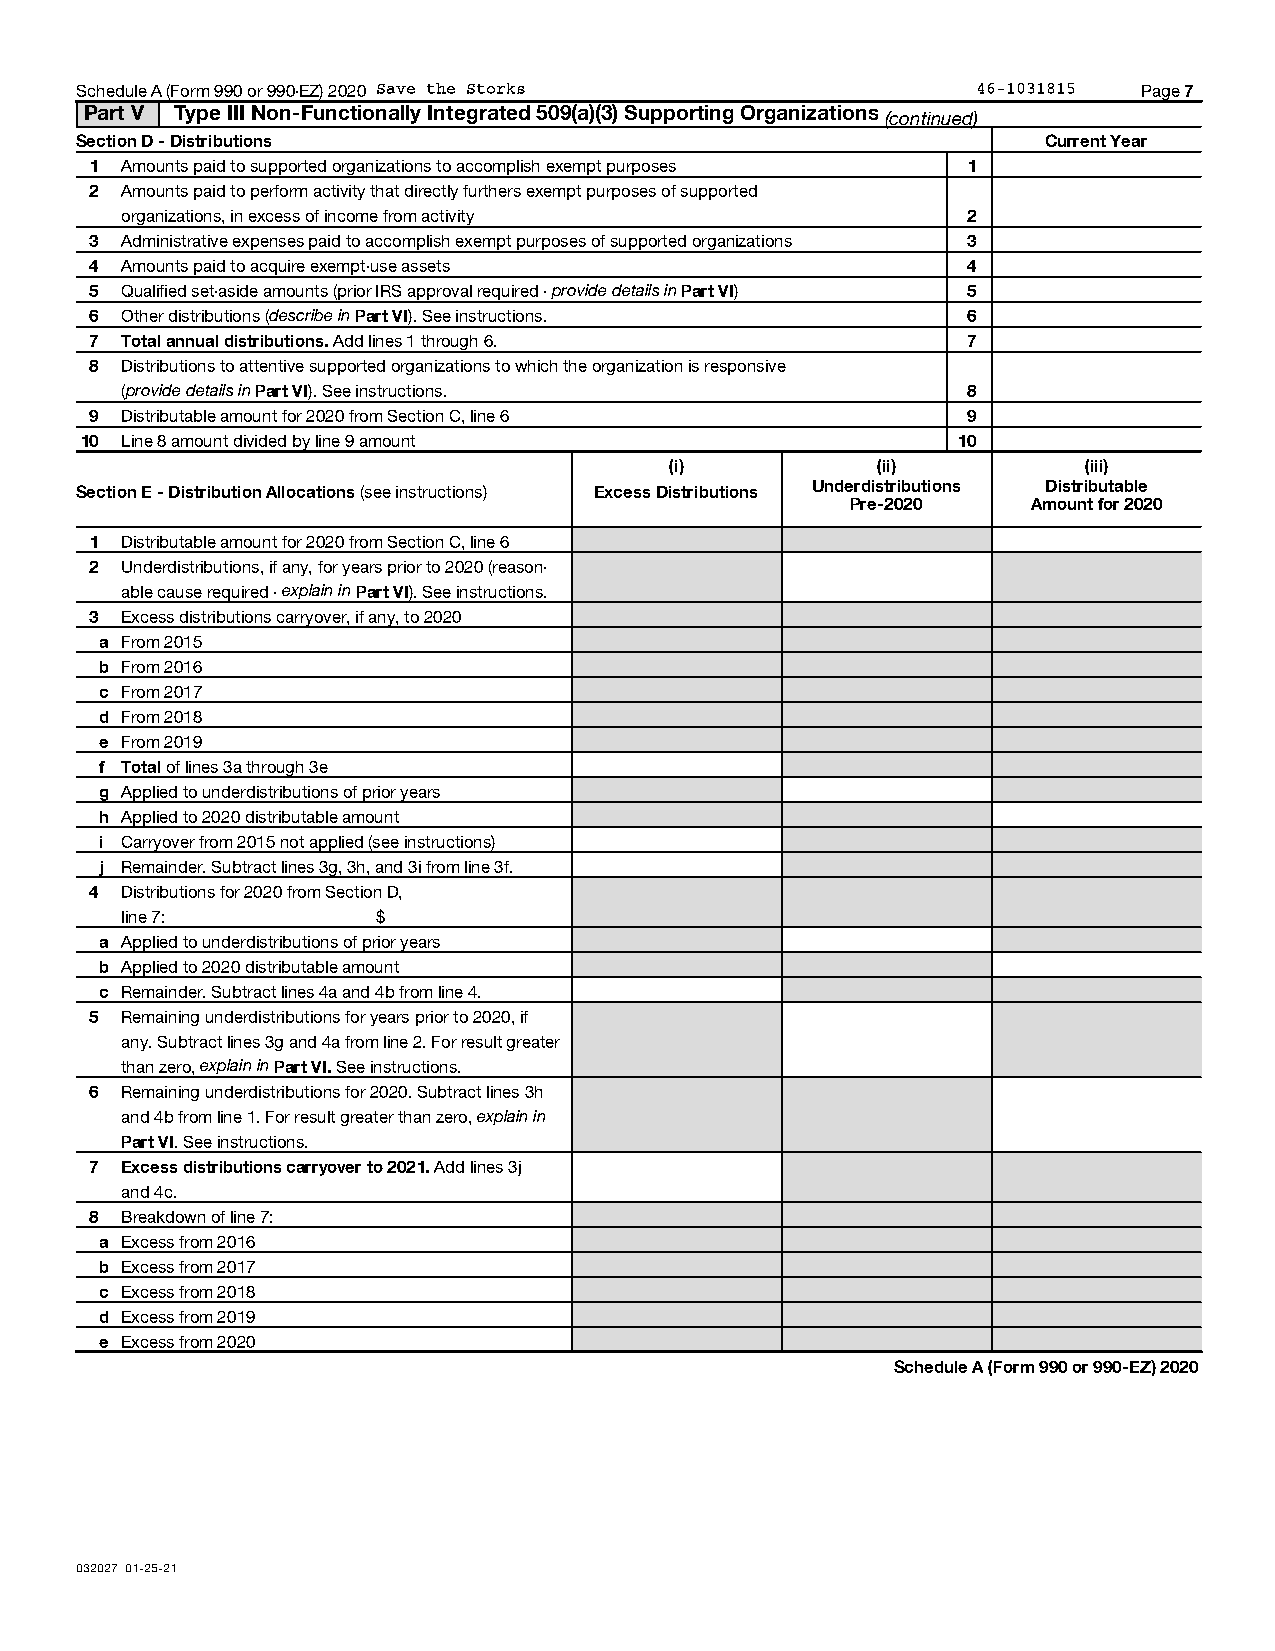
Schedule A (Form 990 or 990-EZ) 2020 Save the Storks        46-1031815 Page 7
 Part V Type III Non-Functionally Integrated 509(a)(3) Supporting Organizations
 (continued)
 Section D - Distributions                                       Current Year
 1 Amounts paid to supported organizations to accomplish exempt purposes 1
 2 Amounts paid to perform activity that directly furthers exempt purposes of supported
 organizations, in excess of income from activity        2
 3 Administrative expenses paid to accomplish exempt purposes of supported organizations 3
 4 Amounts paid to acquire exempt-use assets               4
 5 Qualified set-aside amounts (prior IRS approval required - provide details in Part VI) 5
 6 Other distributions (describe in Part VI). See instructions. 6
 7 Total annual distributions. Add lines 1 through 6.      7
 8 Distributions to attentive supported organizations to which the organization is responsive
 (provide details in Part VI). See instructions.         8
 9 Distributable amount for 2020 from Section C, line 6    9
 10 Line 8 amount divided by line 9 amount                 10
 (i)           (ii)          (iii)
 Section E - Distribution Allocations (see instructions) Excess Distributions Underdistributions Distributable
 Pre-2020    Amount for 2020
 1 Distributable amount for 2020 from Section C, line 6
 2 Underdistributions, if any, for years prior to 2020 (reason-
 able cause required - explain in Part VI). See instructions.
 3 Excess distributions carryover, if any, to 2020
 a From 2015
 b From 2016
 c From 2017
 d From 2018
 e From 2019
 f Total of lines 3a through 3e
 g Applied to underdistributions of prior years
 h Applied to 2020 distributable amount
 i Carryover from 2015 not applied (see instructions)
 j Remainder. Subtract lines 3g, 3h, and 3i from line 3f.
 4 Distributions for 2020 from Section D,
 line 7:          $
 a Applied to underdistributions of prior years
 b Applied to 2020 distributable amount
 c Remainder. Subtract lines 4a and 4b from line 4.
 5 Remaining underdistributions for years prior to 2020, if
 any. Subtract lines 3g and 4a from line 2. For result greater
 than zero, explain in Part VI. See instructions.
 6 Remaining underdistributions for 2020. Subtract lines 3h
 and 4b from line 1. For result greater than zero, explain in
 Part VI. See instructions.
 7 Excess distributions carryover to 2021. Add lines 3j
 and 4c.
 8 Breakdown of line 7:
 a Excess from 2016
 b Excess from 2017
 c Excess from 2018
 d Excess from 2019
 e Excess from 2020
 Schedule A (Form 990 or 990-EZ) 2020
 032027 01-25-21